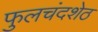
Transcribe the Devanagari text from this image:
फुलचंदशेठ